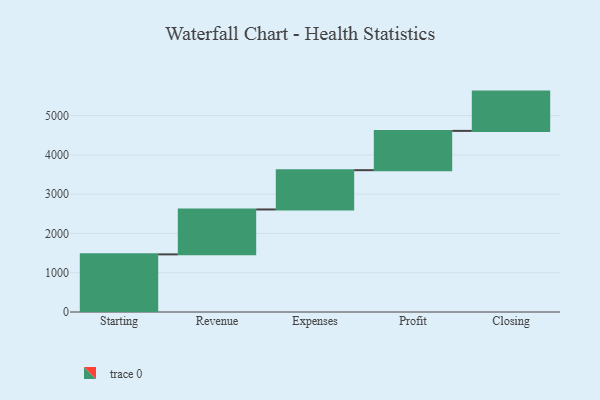
{"axis": {"x": "Step", "y": "Value"}, "legend": [""], "data": [{"x": "Starting", "y": 1467.0, "type": ""}, {"x": "Revenue", "y": 1143.0, "type": ""}, {"x": "Expenses", "y": 1000, "type": ""}, {"x": "Profit", "y": 1000, "type": ""}, {"x": "Closing", "y": 1000, "type": ""}]}